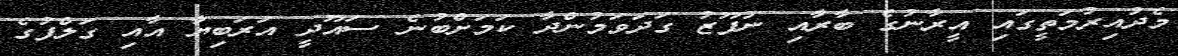
މެދުއިރުމަތީގައި އީރާނުގެ ބާރާއި ނުފޫޒު ގަދަވަމުންދާ ކަމަށްބުނެ ސައޫދީ އަރަބިޔާ އާއި ގަލްފުގެ